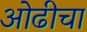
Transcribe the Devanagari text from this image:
ओढीचा